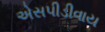
એસપીડીવાય